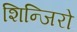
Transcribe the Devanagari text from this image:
शिन्जिरो